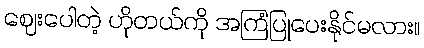
ဈေးပေါတဲ့ ဟိုတယ်ကို အကြံပြုပေးနိုင်မလား။